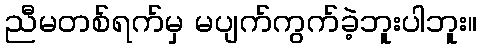
ညီမတစ်ရက်မှ မပျက်ကွက်ခဲ့ဘူးပါဘူး။